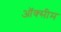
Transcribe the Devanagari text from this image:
ऑक्सीम